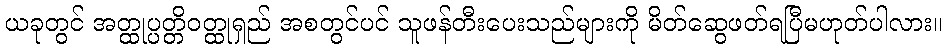
ယခုတွင် အတ္ထုပ္ပတ္တိဝတ္ထုရှည် အစတွင်ပင် သူဖန်တီးပေးသည်များကို မိတ်ဆွေဖတ်ရပြီမဟုတ်ပါလား။